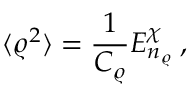
\langle \varrho ^ { 2 } \rangle = \frac { 1 } { C _ { \varrho } } E _ { n _ { \varrho } } ^ { \chi } \: ,